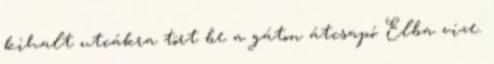
kihalt utcákra tört be a gáton átcsapó Elba vize.